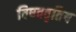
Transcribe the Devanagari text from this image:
विषववृतिय